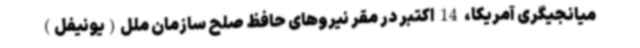
میانجیگری آمریکا، 14 اکتبر در مقر نیروهای حافظ صلح سازمان ملل(یونیفل)